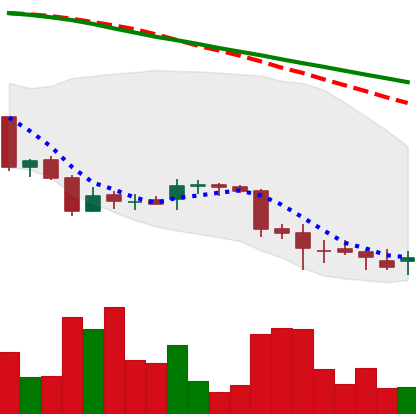
Ticker: DOGE-USD
Chart end date: 2018-06-29
Forward return: 10.424%
Label: up_7plus